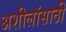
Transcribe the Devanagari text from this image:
अशीलांसाठी